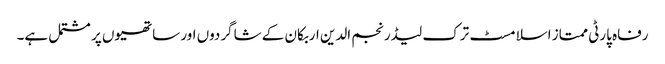
رفاہ پارٹی ممتاز اسلامسٹ ترک لیڈر نجم الدین اربکان کے شاگردوں اور ساتھیوں پر مشتمل ہے۔